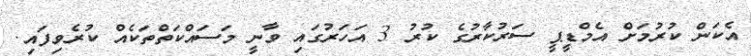
އެކަން ކުރުމަށް އެމްޑީޕީ ސަރުކާރުގެ ކުރު 3 އަހަރުގައި ވާނީ މަސައްކަތްތަކެއް ކުރެވިފައި.